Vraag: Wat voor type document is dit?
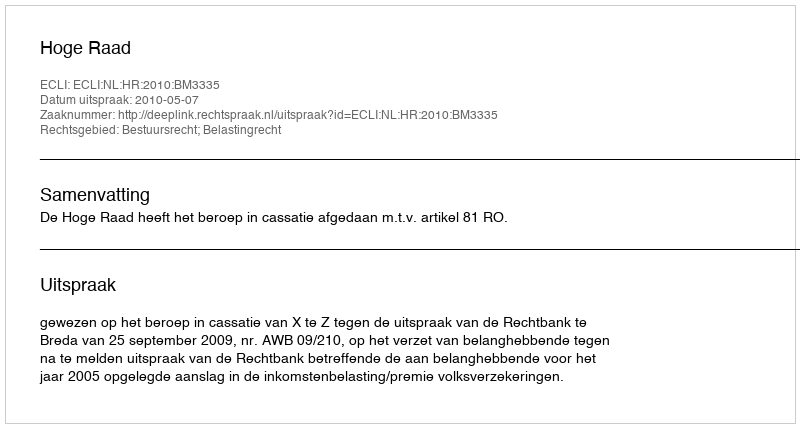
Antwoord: Uitspraak